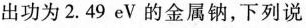
出功为2.49eV的金属钠，下列说